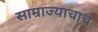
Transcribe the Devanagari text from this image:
साम्राज्याचाच